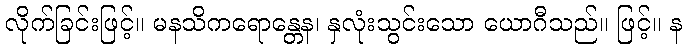
လိုက်ခြင်းဖြင့်။ မနသိကရောန္တေန၊ နှလုံးသွင်းသော ယောဂီသည်။ ဖြင့်။ န